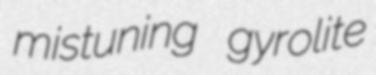
mistuning gyrolite